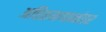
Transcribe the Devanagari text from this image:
अतिक्रमणानंतर